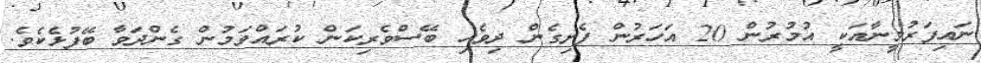
ނައިފަރުމީނާއަކީ އުމުރުން 20 އަހަރުން ފެށިގެން ދިވެހި ބޭސްވެރިކަން ކުރައްވަމުން ގެންދަވާ ބޭފުޅެކެވެ.